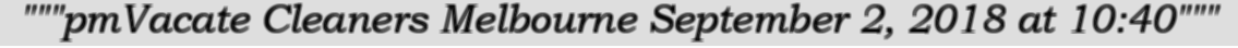
"""pmVacate Cleaners Melbourne September 2, 2018 at 10:40"""